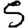
Digit: 5